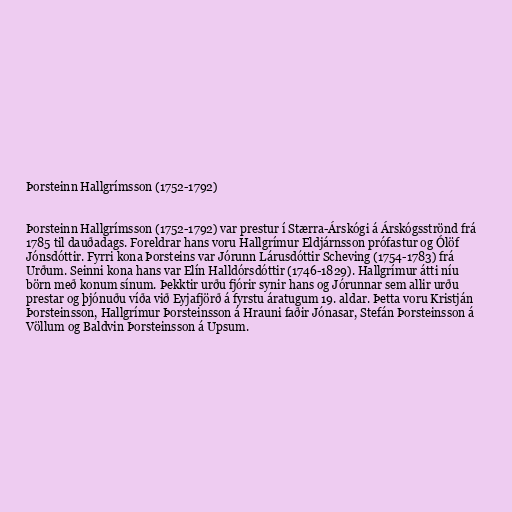
Þorsteinn Hallgrímsson (1752-1792)

Þorsteinn Hallgrímsson (1752-1792) var prestur í Stærra-Árskógi á Árskógsströnd frá
1785 til dauðadags. Foreldrar hans voru Hallgrímur Eldjárnsson prófastur og Ólöf
Jónsdóttir. Fyrri kona Þorsteins var Jórunn Lárusdóttir Scheving (1754-1783) frá
Urðum. Seinni kona hans var Elín Halldórsdóttir (1746-1829). Hallgrímur átti níu
börn með konum sínum. Þekktir urðu fjórir synir hans og Jórunnar sem allir urðu
prestar og þjónuðu víða við Eyjafjörð á fyrstu áratugum 19. aldar. Þetta voru Kristján
Þorsteinsson, Hallgrímur Þorsteinsson á Hrauni faðir Jónasar, Stefán Þorsteinsson á
Völlum og Baldvin Þorsteinsson á Upsum.